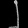
Digit: ၂